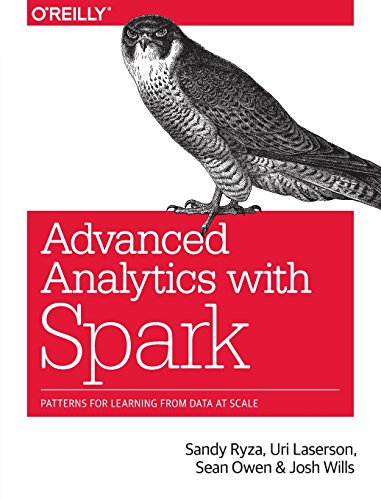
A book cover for Advanced Analytics with Spark: Patterns for Learning from Data at Scale; Sandy Ryza; Computers & Technology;